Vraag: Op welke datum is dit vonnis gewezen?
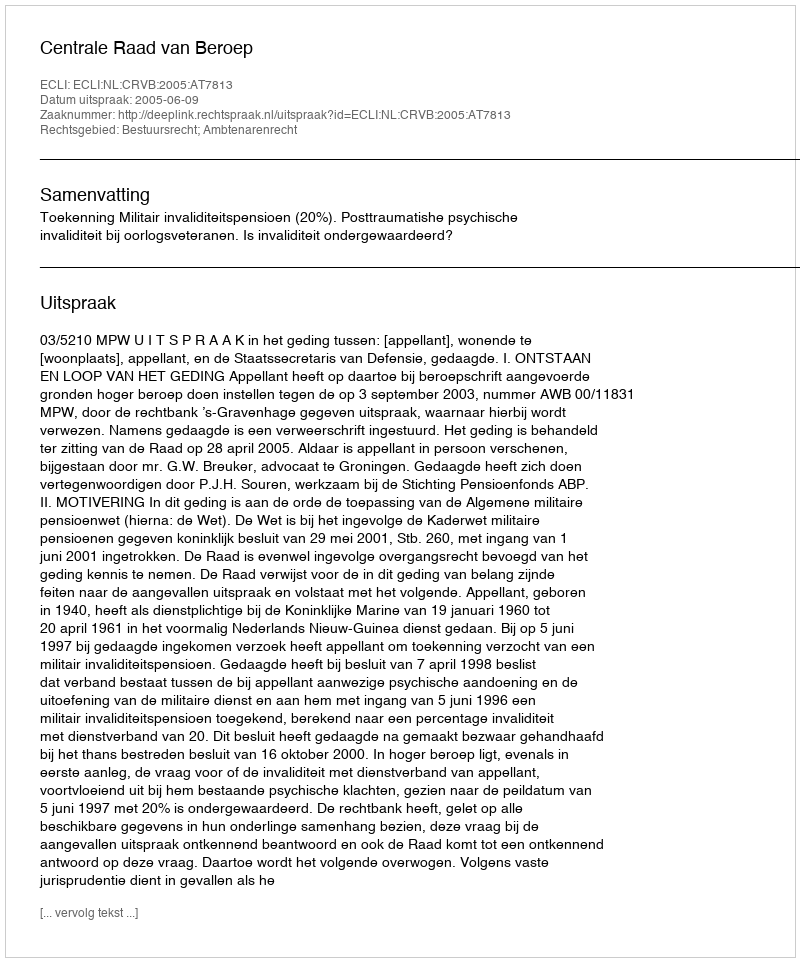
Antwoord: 2005-06-09